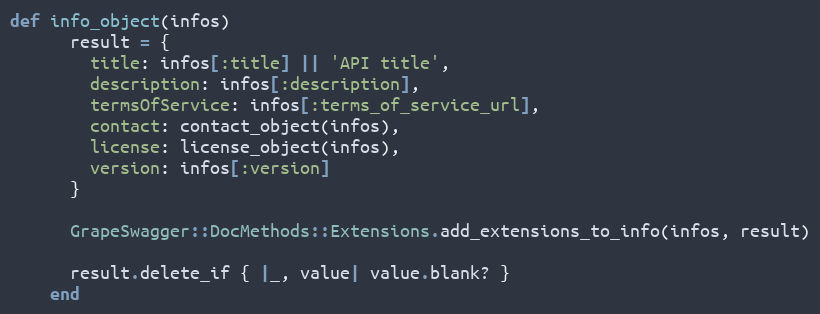
Language: Ruby
def info_object(infos)
      result = {
        title: infos[:title] || 'API title',
        description: infos[:description],
        termsOfService: infos[:terms_of_service_url],
        contact: contact_object(infos),
        license: license_object(infos),
        version: infos[:version]
      }

      GrapeSwagger::DocMethods::Extensions.add_extensions_to_info(infos, result)

      result.delete_if { |_, value| value.blank? }
    end